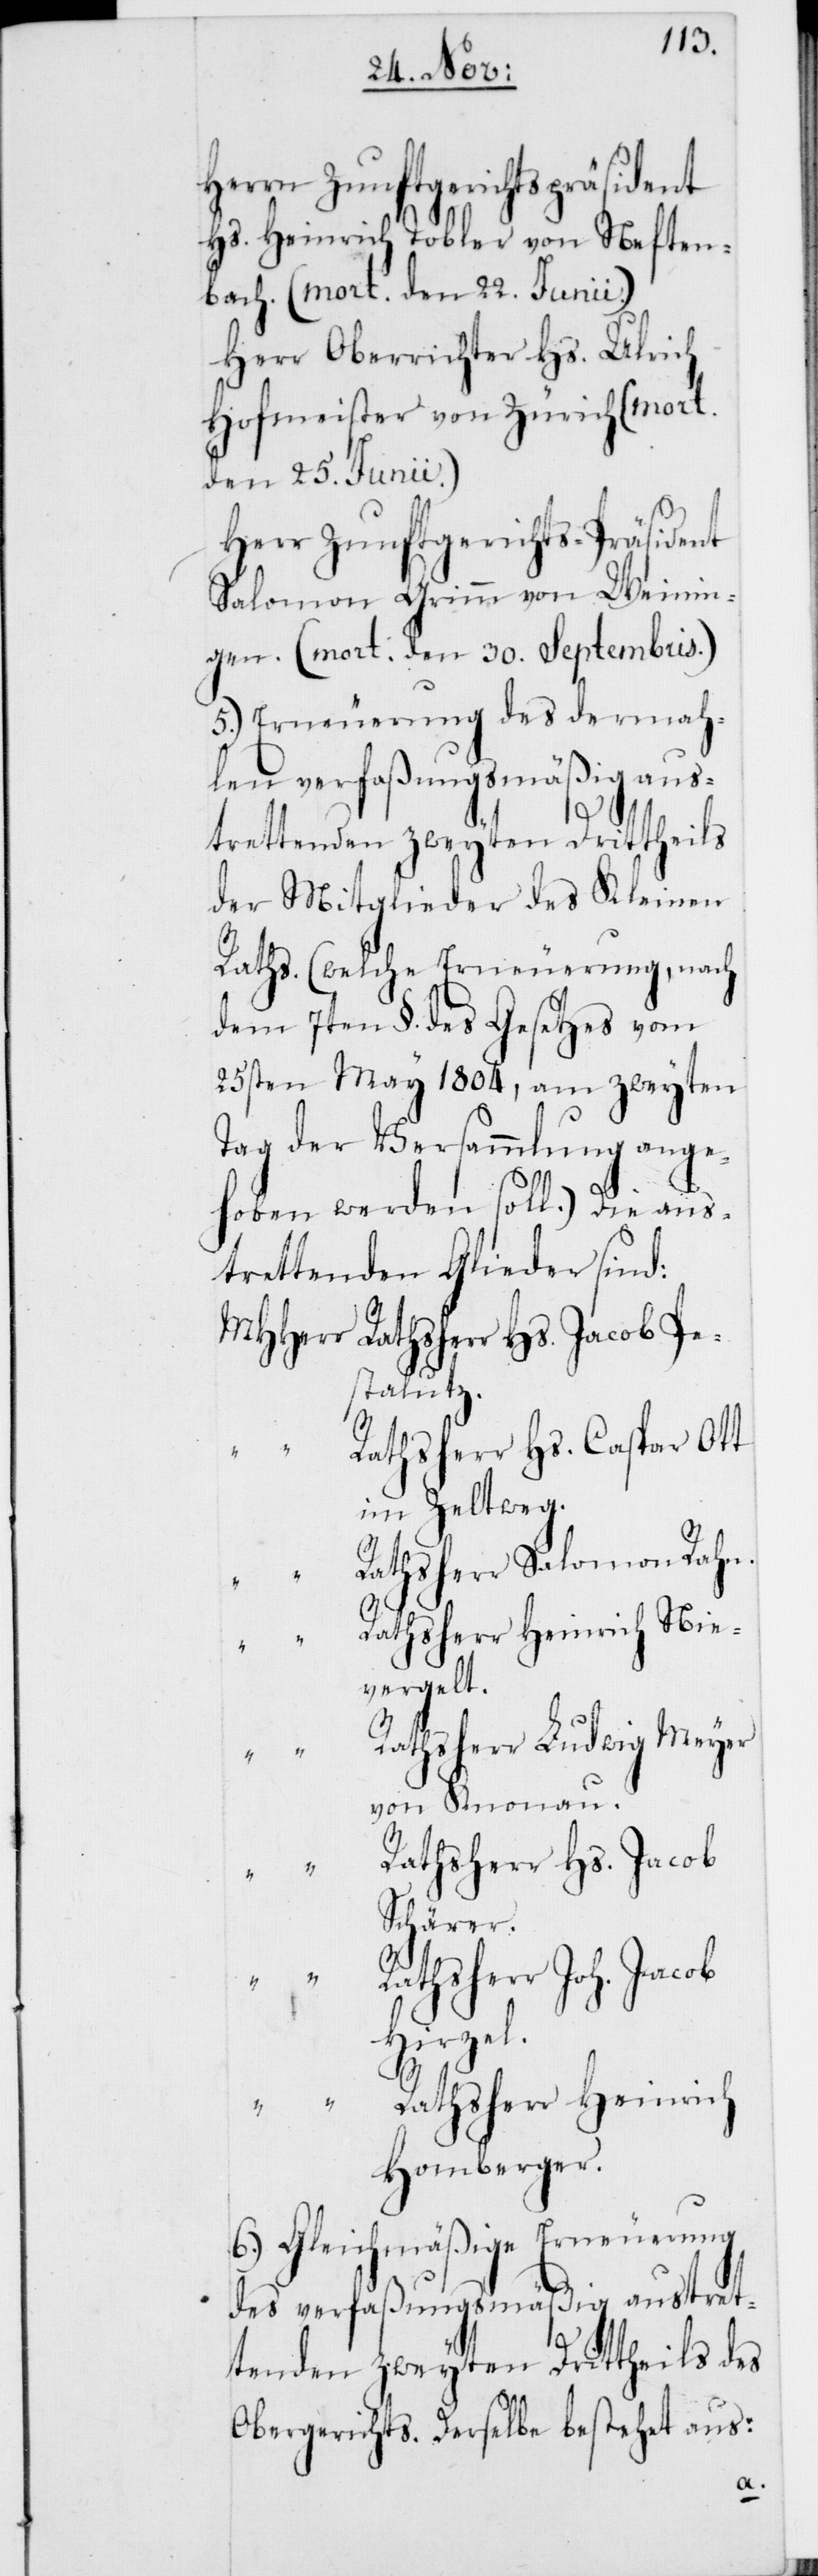
Hs. Heinrich Tobler von Neften¬
bach (mort. den 22. Junii.)
Herr Oberrichter Hs. Ulrich
Hofmeister von Zürich (mort.
den 25. Junii.)
Herr Zunftgerichts-Präsident
Salomon Grimm von Weinin¬
gen. (mort. den 30. Septembris.)
5.) Erneuerung des dermah¬
len verfaßungsmäßig aus¬
trettenden zweyten Drittheils
der Mitglieder des Kleinen
Raths (welche Erneuerung, nach
dem 7ten §. des Gesetzes vom
25sten May 1804, am zweyten
Tag der Versammlung ange¬
hoben werden soll.) Die aus¬
trettenden Glieder sind:
stalutz.
Rathsherr Hs. Caspar Ott
im Zeltweg.
Rathsherr Salomon Rahn.
Rathsherr Heinrich Nie¬
vergelt.
Rathsherr Ludwig Meyer
von Knonau.
Rathsherr Hs. Jacob
Schärer.
Rathsherr Joh. Jacob
Hirzel.
“
Rathsherr Heinrich
Homberger.
6.) Gleichmäßige Erneuerung
des verfaßungsmäßig austret¬
tenden zweyten Drittheils des
Obergerichts. Derselbe bestehet aus: